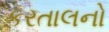
કરતાલનો